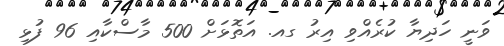
ވަނީ ހަދިޔާ ކުރެއްވި އިރު ގއ. އަތޮޅަށް 500 މާސްކާއި 96 ފުޅި